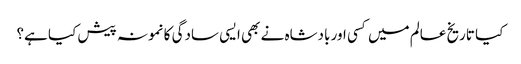
کیا تاریخ عالم میں کسی اور بادشاہ نے بھی ایسی سادگی کا نمونہ پیش کیا ہے؟